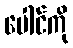
ပေါင်ကို